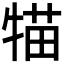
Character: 𤚐